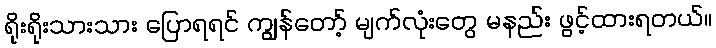
ရိုးရိုးသားသား ပြောရရင် ကျွန်တော့် မျက်လုံးတွေ မနည်း ဖွင့်ထားရတယ်။